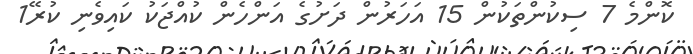
ކޮންމެ 7 ސިކުންތަކުން 15 އަހަރުން ދަށުގެ އަންހެން ކުއްޖަކު ކައިވެނި ކުރޭ1